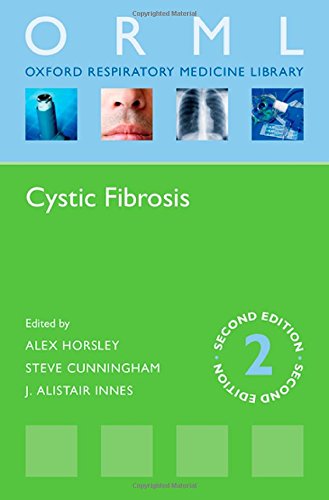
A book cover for Cystic Fibrosis (ORML) (Oxford Respiratory Medicine Library ( O R M L )); Health, Fitness & Dieting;